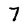
Character: 7